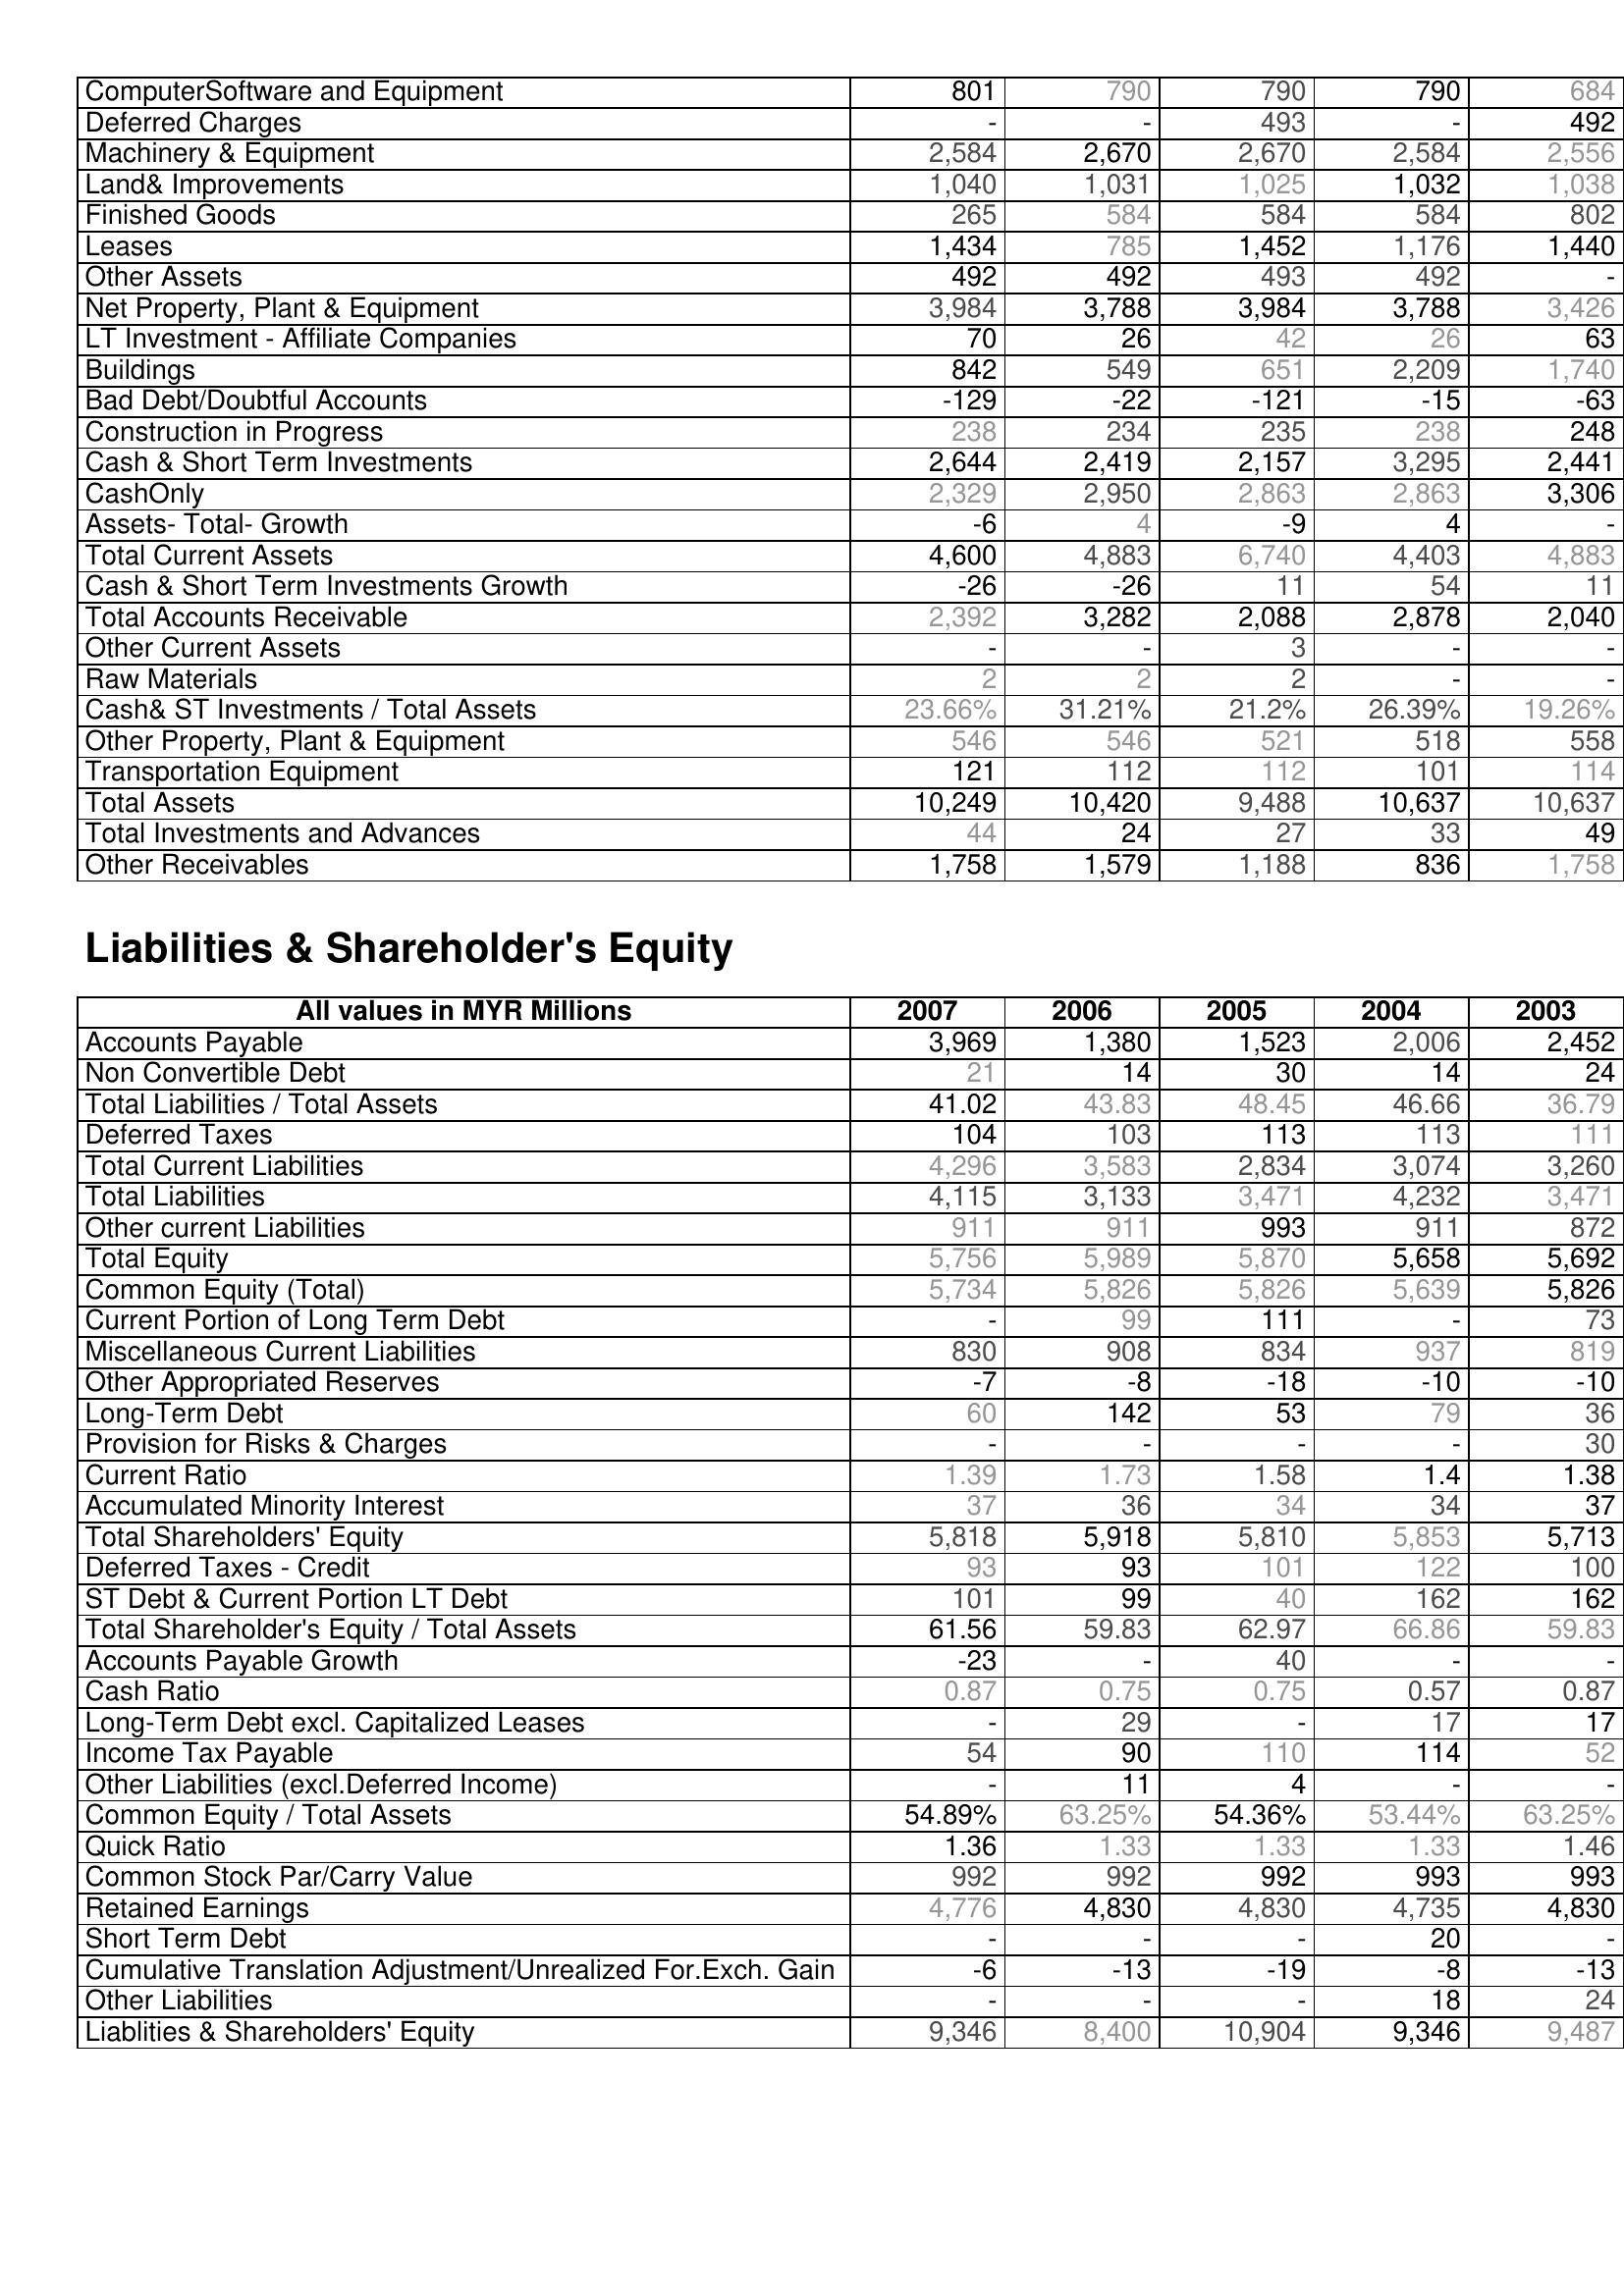
2007: Assets: ComputerSoftware and Equipment: 801
Deferred Charges: -
Machinery & Equipment: 2,584
Land& Improvements: 1,040
Finished Goods: 265
Leases: 1,434
Other Assets: 492
Net Property, Plant & Equipment: 3,984
LT Investment - Affiliate Companies: 70
Buildings: 842
Bad Debt/Doubtful Accounts: -129
Construction in Progress: 238
Cash & Short Term Investments: 2,644
CashOnly: 2,329
Assets- Total- Growth: -6
Total Current Assets: 4,600
Cash & Short Term Investments Growth: -26
Total Accounts Receivable: 2,392
Other Current Assets: -
Raw Materials: 2
Cash& ST Investments / Total Assets: 23.66%
Other Property, Plant & Equipment: 546
Transportation Equipment: 121
Total Assets: 10,249
Total Investments and Advances: 44
Other Receivables: 1,758
Liabilities & Shareholder's Equity: Accounts Payable: 3,969
Non Convertible Debt: 21
Total Liabilities / Total Assets: 41.02
Deferred Taxes: 104
Total Current Liabilities: 4,296
Total Liabilities: 4,115
Other current Liabilities: 911
Total Equity: 5,756
Common Equity (Total): 5,734
Current Portion of Long Term Debt: -
Miscellaneous Current Liabilities: 830
Other Appropriated Reserves: -7
Long-Term Debt: 60
Provision for Risks & Charges: -
Current Ratio: 1.39
Accumulated Minority Interest: 37
Total Shareholders' Equity: 5,818
Deferred Taxes - Credit: 93
ST Debt & Current Portion LT Debt: 101
Total Shareholder's Equity / Total Assets: 61.56
Accounts Payable Growth: -23
Cash Ratio: 0.87
Long-Term Debt excl. Capitalized Leases: -
Income Tax Payable: 54
Other Liabilities (excl.Deferred Income): -
Common Equity / Total Assets: 54.89%
Quick Ratio: 1.36
Common Stock Par/Carry Value: 992
Retained Earnings: 4,776
Short Term Debt: -
Cumulative Translation Adjustment/Unrealized For.Exch. Gain: -6
Other Liabilities: -
Liablities & Shareholders' Equity: 9,346
2006: Assets: ComputerSoftware and Equipment: 790
Deferred Charges: -
Machinery & Equipment: 2,670
Land& Improvements: 1,031
Finished Goods: 584
Leases: 785
Other Assets: 492
Net Property, Plant & Equipment: 3,788
LT Investment - Affiliate Companies: 26
Buildings: 549
Bad Debt/Doubtful Accounts: -22
Construction in Progress: 234
Cash & Short Term Investments: 2,419
CashOnly: 2,950
Assets- Total- Growth: 4
Total Current Assets: 4,883
Cash & Short Term Investments Growth: -26
Total Accounts Receivable: 3,282
Other Current Assets: -
Raw Materials: 2
Cash& ST Investments / Total Assets: 31.21%
Other Property, Plant & Equipment: 546
Transportation Equipment: 112
Total Assets: 10,420
Total Investments and Advances: 24
Other Receivables: 1,579
Liabilities & Shareholder's Equity: Accounts Payable: 1,380
Non Convertible Debt: 14
Total Liabilities / Total Assets: 43.83
Deferred Taxes: 103
Total Current Liabilities: 3,583
Total Liabilities: 3,133
Other current Liabilities: 911
Total Equity: 5,989
Common Equity (Total): 5,826
Current Portion of Long Term Debt: 99
Miscellaneous Current Liabilities: 908
Other Appropriated Reserves: -8
Long-Term Debt: 142
Provision for Risks & Charges: -
Current Ratio: 1.73
Accumulated Minority Interest: 36
Total Shareholders' Equity: 5,918
Deferred Taxes - Credit: 93
ST Debt & Current Portion LT Debt: 99
Total Shareholder's Equity / Total Assets: 59.83
Accounts Payable Growth: -
Cash Ratio: 0.75
Long-Term Debt excl. Capitalized Leases: 29
Income Tax Payable: 90
Other Liabilities (excl.Deferred Income): 11
Common Equity / Total Assets: 63.25%
Quick Ratio: 1.33
Common Stock Par/Carry Value: 992
Retained Earnings: 4,830
Short Term Debt: -
Cumulative Translation Adjustment/Unrealized For.Exch. Gain: -13
Other Liabilities: -
Liablities & Shareholders' Equity: 8,400
2005: Assets: ComputerSoftware and Equipment: 790
Deferred Charges: 493
Machinery & Equipment: 2,670
Land& Improvements: 1,025
Finished Goods: 584
Leases: 1,452
Other Assets: 493
Net Property, Plant & Equipment: 3,984
LT Investment - Affiliate Companies: 42
Buildings: 651
Bad Debt/Doubtful Accounts: -121
Construction in Progress: 235
Cash & Short Term Investments: 2,157
CashOnly: 2,863
Assets- Total- Growth: -9
Total Current Assets: 6,740
Cash & Short Term Investments Growth: 11
Total Accounts Receivable: 2,088
Other Current Assets: 3
Raw Materials: 2
Cash& ST Investments / Total Assets: 21.2%
Other Property, Plant & Equipment: 521
Transportation Equipment: 112
Total Assets: 9,488
Total Investments and Advances: 27
Other Receivables: 1,188
Liabilities & Shareholder's Equity: Accounts Payable: 1,523
Non Convertible Debt: 30
Total Liabilities / Total Assets: 48.45
Deferred Taxes: 113
Total Current Liabilities: 2,834
Total Liabilities: 3,471
Other current Liabilities: 993
Total Equity: 5,870
Common Equity (Total): 5,826
Current Portion of Long Term Debt: 111
Miscellaneous Current Liabilities: 834
Other Appropriated Reserves: -18
Long-Term Debt: 53
Provision for Risks & Charges: -
Current Ratio: 1.58
Accumulated Minority Interest: 34
Total Shareholders' Equity: 5,810
Deferred Taxes - Credit: 101
ST Debt & Current Portion LT Debt: 40
Total Shareholder's Equity / Total Assets: 62.97
Accounts Payable Growth: 40
Cash Ratio: 0.75
Long-Term Debt excl. Capitalized Leases: -
Income Tax Payable: 110
Other Liabilities (excl.Deferred Income): 4
Common Equity / Total Assets: 54.36%
Quick Ratio: 1.33
Common Stock Par/Carry Value: 992
Retained Earnings: 4,830
Short Term Debt: -
Cumulative Translation Adjustment/Unrealized For.Exch. Gain: -19
Other Liabilities: -
Liablities & Shareholders' Equity: 10,904
2004: Assets: ComputerSoftware and Equipment: 790
Deferred Charges: -
Machinery & Equipment: 2,584
Land& Improvements: 1,032
Finished Goods: 584
Leases: 1,176
Other Assets: 492
Net Property, Plant & Equipment: 3,788
LT Investment - Affiliate Companies: 26
Buildings: 2,209
Bad Debt/Doubtful Accounts: -15
Construction in Progress: 238
Cash & Short Term Investments: 3,295
CashOnly: 2,863
Assets- Total- Growth: 4
Total Current Assets: 4,403
Cash & Short Term Investments Growth: 54
Total Accounts Receivable: 2,878
Other Current Assets: -
Raw Materials: -
Cash& ST Investments / Total Assets: 26.39%
Other Property, Plant & Equipment: 518
Transportation Equipment: 101
Total Assets: 10,637
Total Investments and Advances: 33
Other Receivables: 836
Liabilities & Shareholder's Equity: Accounts Payable: 2,006
Non Convertible Debt: 14
Total Liabilities / Total Assets: 46.66
Deferred Taxes: 113
Total Current Liabilities: 3,074
Total Liabilities: 4,232
Other current Liabilities: 911
Total Equity: 5,658
Common Equity (Total): 5,639
Current Portion of Long Term Debt: -
Miscellaneous Current Liabilities: 937
Other Appropriated Reserves: -10
Long-Term Debt: 79
Provision for Risks & Charges: -
Current Ratio: 1.4
Accumulated Minority Interest: 34
Total Shareholders' Equity: 5,853
Deferred Taxes - Credit: 122
ST Debt & Current Portion LT Debt: 162
Total Shareholder's Equity / Total Assets: 66.86
Accounts Payable Growth: -
Cash Ratio: 0.57
Long-Term Debt excl. Capitalized Leases: 17
Income Tax Payable: 114
Other Liabilities (excl.Deferred Income): -
Common Equity / Total Assets: 53.44%
Quick Ratio: 1.33
Common Stock Par/Carry Value: 993
Retained Earnings: 4,735
Short Term Debt: 20
Cumulative Translation Adjustment/Unrealized For.Exch. Gain: -8
Other Liabilities: 18
Liablities & Shareholders' Equity: 9,346
2003: Assets: ComputerSoftware and Equipment: 684
Deferred Charges: 492
Machinery & Equipment: 2,556
Land& Improvements: 1,038
Finished Goods: 802
Leases: 1,440
Other Assets: -
Net Property, Plant & Equipment: 3,426
LT Investment - Affiliate Companies: 63
Buildings: 1,740
Bad Debt/Doubtful Accounts: -63
Construction in Progress: 248
Cash & Short Term Investments: 2,441
CashOnly: 3,306
Assets- Total- Growth: -
Total Current Assets: 4,883
Cash & Short Term Investments Growth: 11
Total Accounts Receivable: 2,040
Other Current Assets: -
Raw Materials: -
Cash& ST Investments / Total Assets: 19.26%
Other Property, Plant & Equipment: 558
Transportation Equipment: 114
Total Assets: 10,637
Total Investments and Advances: 49
Other Receivables: 1,758
Liabilities & Shareholder's Equity: Accounts Payable: 2,452
Non Convertible Debt: 24
Total Liabilities / Total Assets: 36.79
Deferred Taxes: 111
Total Current Liabilities: 3,260
Total Liabilities: 3,471
Other current Liabilities: 872
Total Equity: 5,692
Common Equity (Total): 5,826
Current Portion of Long Term Debt: 73
Miscellaneous Current Liabilities: 819
Other Appropriated Reserves: -10
Long-Term Debt: 36
Provision for Risks & Charges: 30
Current Ratio: 1.38
Accumulated Minority Interest: 37
Total Shareholders' Equity: 5,713
Deferred Taxes - Credit: 100
ST Debt & Current Portion LT Debt: 162
Total Shareholder's Equity / Total Assets: 59.83
Accounts Payable Growth: -
Cash Ratio: 0.87
Long-Term Debt excl. Capitalized Leases: 17
Income Tax Payable: 52
Other Liabilities (excl.Deferred Income): -
Common Equity / Total Assets: 63.25%
Quick Ratio: 1.46
Common Stock Par/Carry Value: 993
Retained Earnings: 4,830
Short Term Debt: -
Cumulative Translation Adjustment/Unrealized For.Exch. Gain: -13
Other Liabilities: 24
Liablities & Shareholders' Equity: 9,487